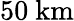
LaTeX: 50~\mathrm{km}